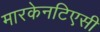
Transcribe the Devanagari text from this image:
मारकेनटिएसी